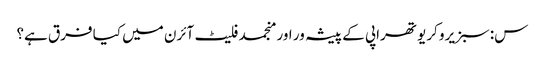
س: سبزیرو کریو تھراپی کے پیشہ ور اور منجمد فلیٹ آئرن میں کیا فرق ہے؟